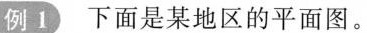
例Ⅰ下面是某地区的平面图。